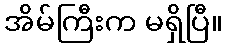
အိမ်ကြီးက မရှိပြီ။